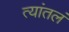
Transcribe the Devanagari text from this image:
त्यांतलं